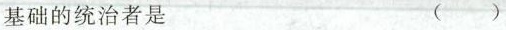
基础的统治者是 ( )